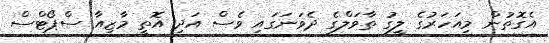
އެގޮތުން މިއަހަރުގެ ލީގު ތާވަލްގެ ދެވަނަގައި ވެސް އަދި އޮތީ މާޒިއާ ސްޕޯޓްސް